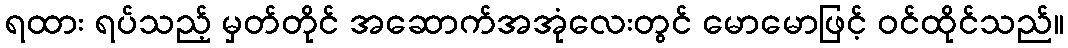
ရထား ရပ်သည့် မှတ်တိုင် အဆောက်အအုံလေးတွင် မောမောဖြင့် ဝင်ထိုင်သည်။